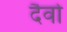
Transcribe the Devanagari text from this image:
दैवो